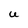
Character: U